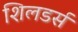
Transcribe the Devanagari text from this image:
शिलडर्स